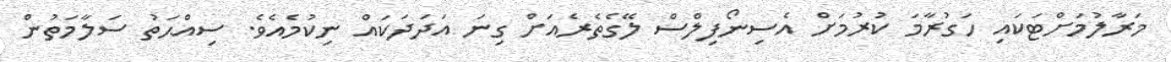
މަރާލުމަށްޓަކައި ހަގުރާމަ ކުރުމަށް އެސިނޯފިލްސް ލޭގެތެރެއަށް ގިނަ އަދަދަކައް ނިކުމެއެވެ. ސިއްޙަތު ސަލާމަތުން